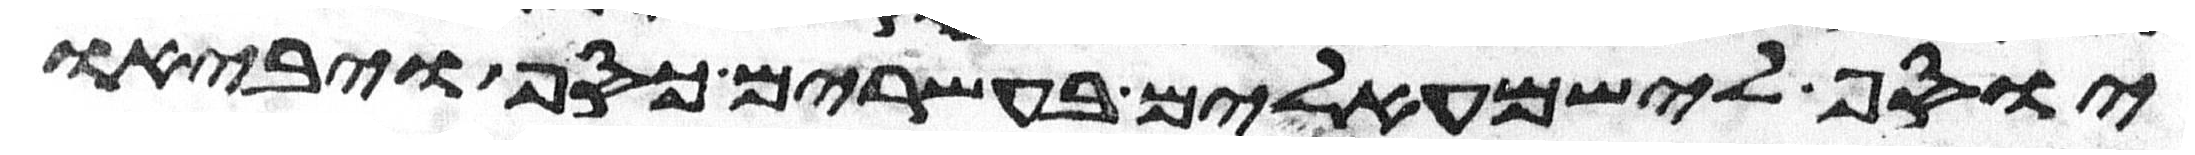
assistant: יוסף לישמעאלים בעשרים כסף ויביאו